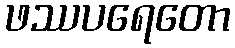
ဖဿပရေတော